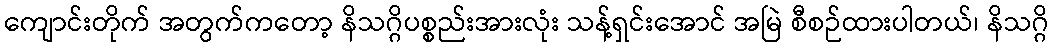
ကျောင်းတိုက် အတွက်ကတော့ နိသဂ္ဂိပစ္စည်းအားလုံး သန့်ရှင်းအောင် အမြဲ စီစဉ်ထားပါတယ်၊ နိသဂ္ဂိ